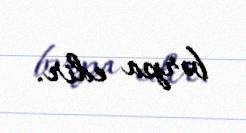
bərpa edir.